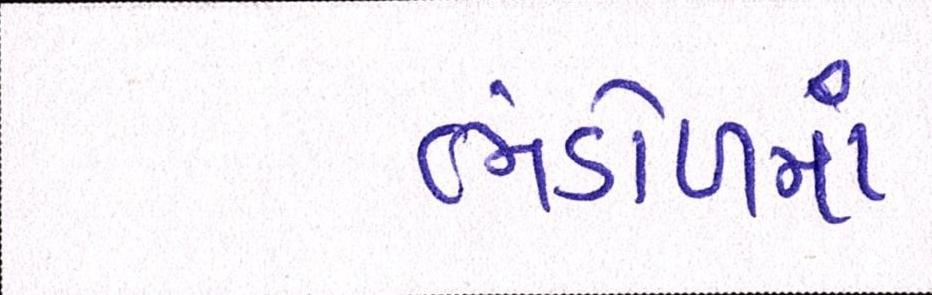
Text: ભંડોળમાં